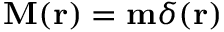
\mathbf { M } ( \mathbf { r } ) = \mathbf { m } \delta ( \mathbf { r } )